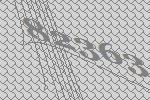
82363